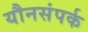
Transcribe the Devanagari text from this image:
यौनसंपर्क